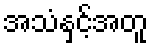
အသံနှင့်အတူ